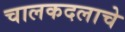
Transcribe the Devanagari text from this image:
चालकदलाचे